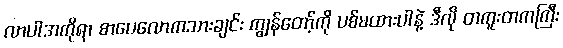
လာပါအကိုရာ စာပေလောကသားချင်း ကျွန်တော့်ကို ပစ်မထားပါနဲ့ ဒီလို တကူးတကကြီး